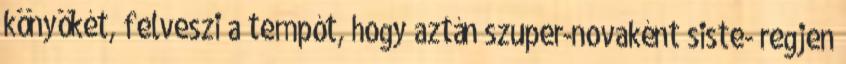
könyökét, felveszi a tempót, hogy aztán szuper-novaként siste- regjen